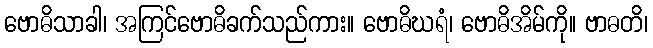
ဗောဓိသာခါ၊ အကြင်ဗောဓိခက်သည်ကား။ ဗောဓိဃရံ၊ ဗောဓိအိမ်ကို။ ဗာဓတိ၊